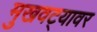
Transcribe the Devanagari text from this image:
मुखवट्यावर